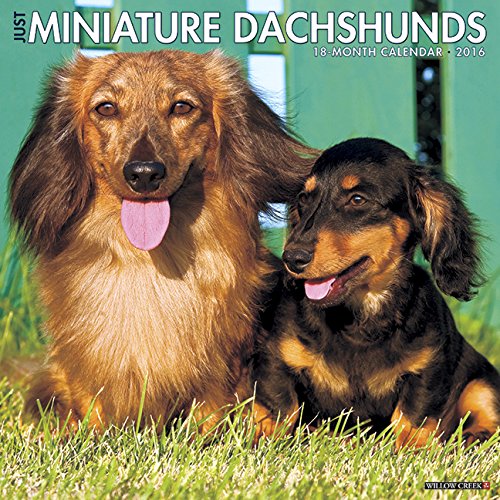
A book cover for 2016 Just Mini Dachshunds Wall Calendar; Willow Creek Press; Calendars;